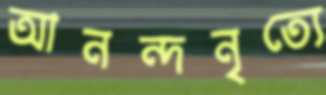
আনন্দনৃত্যে